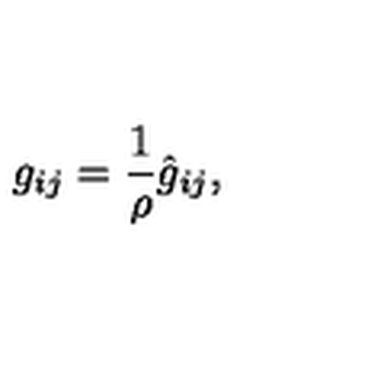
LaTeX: g _ { i j } = \frac 1 \rho \hat { g } _ { i j } ,